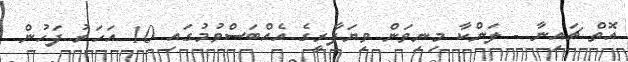
އޮތް ޗައިނާ - ލަންކާ މިނިވަން ވިޔަފާރީގެ އެއްބަސްވުމުގައި 10 އަހަރު ފަހުން